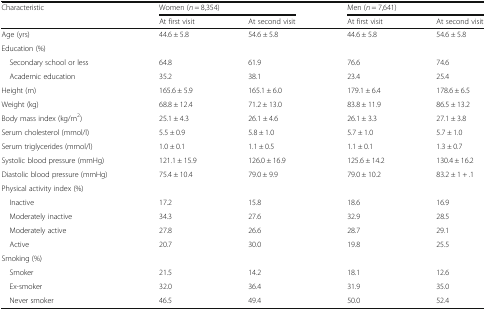
| <ROWSPAN=2> Characteristic | <COLSPAN=2> Women (n = 8,354) | <COLSPAN=2> Men (n = 7,641) |
 | At first visit | At second visit | At first visit | At second visit |
 | --- | --- | --- | --- | --- |
 | Age (yrs) | 44.6 ± 5.8 | 54.6 ± 5.8 | 44.6 ± 5.8 | 54.6 ± 5.8 |
 | <COLSPAN=5> Education (%) |
 | Secondary school or less | 64.8 | 61.9 | 76.6 | 74.6 |
 | Academic education | 35.2 | 38.1 | 23.4 | 25.4 |
 | Height (m) | 165.6 ± 5.9 | 165.1 ± 6.0 | 179.1 ± 6.4 | 178.6 ± 6.5 |
 | Weight (kg) | 68.8 ± 12.4 | 71.2 ± 13.0 | 83.8 ± 11.9 | 86.5 ± 13.2 |
 | Body mass index (kg/m2) | 25.1 ± 4.3 | 26.1 ± 4.6 | 26.1 ± 3.3 | 27.1 ± 3.8 |
 | Serum cholesterol (mmol/l) | 5.5 ± 0.9 | 5.8 ± 1.0 | 5.7 ± 1.0 | 5.7 ± 1.0 |
 | Serum triglycerides (mmol/l) | 1.0 ± 0.1 | 1.1 ± 0.5 | 1.1 ± 0.1 | 1.3 ± 0.7 |
 | Systolic blood pressure (mmHg) | 121.1 ± 15.9 | 126.0 ± 16.9 | 125.6 ± 14.2 | 130.4 ± 16.2 |
 | Diastolic blood pressure (mmHg) | 75.4 ± 10.4 | 79.0 ± 9.9 | 79.0 ± 10.2 | 83.2 ± 1 + .1 |
 | <COLSPAN=5> Physical activity index (%) |
 | Inactive | 17.2 | 15.8 | 18.6 | 16.9 |
 | Moderately inactive | 34.3 | 27.6 | 32.9 | 28.5 |
 | Moderately active | 27.8 | 26.6 | 28.7 | 29.1 |
 | Active | 20.7 | 30.0 | 19.8 | 25.5 |
 | <COLSPAN=5> Smoking (%) |
 | Smoker | 21.5 | 14.2 | 18.1 | 12.6 |
 | Ex-smoker | 32.0 | 36.4 | 31.9 | 35.0 |
 | Never smoker | 46.5 | 49.4 | 50.0 | 52.4 |